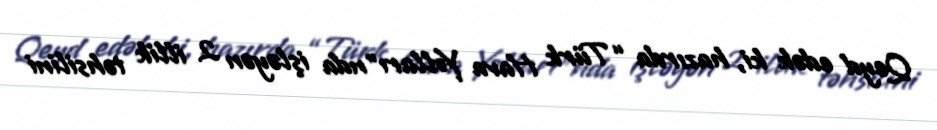
Qeyd edək ki, hazırda “Türk Hava Yolları”nda işləyən 2 illik təhsilini